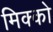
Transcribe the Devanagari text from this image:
मिक्को